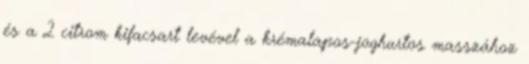
és a 2 citrom kifacsart levével a krémalapos-joghurtos masszához